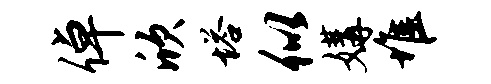
倬欣塔似媾堆